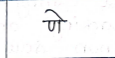
मजकूर: णे